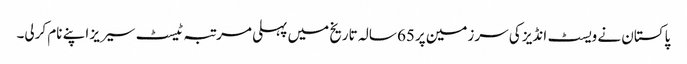
پاکستان نے ویسٹ انڈیز کی سرزمین پر65 سالہ تاریخ میں پہلی مرتبہ ٹیسٹ سیریز اپنے نام کرلی۔